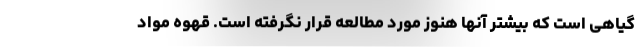
گیاهی است که بیشتر آنها هنوز مورد مطالعه قرار نگرفته است. قهوه مواد